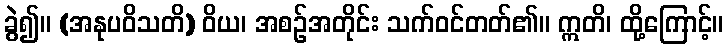
ခွဲ၍။ (အနုပဝိသတိ) ဝိယ၊ အစဉ်အတိုင်း သက်ဝင်တတ်၏။ ဣတိ၊ ထို့ကြောင့်။